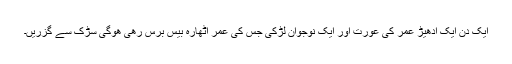
ایک دن ایک ادھیڑ عمر کی عورت اور ایک نوجوان لڑکی جس کی عمر اٹھارہ بیس برس رھی ھوگی سڑک سے گزریں۔